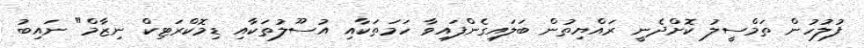
ފުލުހުން ތަމްސީލު ކޮށްދެނީ ރައްޔިތުން ބަލައިގެންފައިވާ ހަމަތަކާއި އުސޫލުތަކާއި ޑިމޮކްރަޓިކް ނިޒާމް" ނައިބު